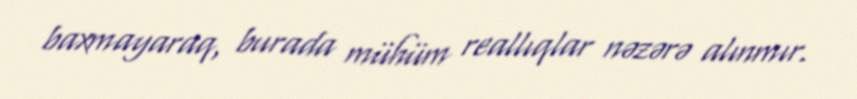
baxmayaraq, burada mühüm reallıqlar nəzərə alınmır.